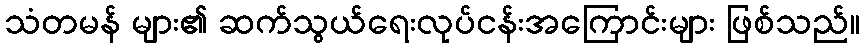
သံတမန် များ၏ ဆက်သွယ်ရေးလုပ်ငန်းအကြောင်းများ ဖြစ်သည်။